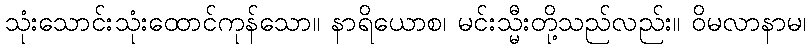
သုံးသောင်းသုံးထောင်ကုန်သော။ နာရိယောစ၊ မင်းသ္မီးတို့သည်လည်း။ ဝိမလာနာမ၊